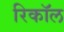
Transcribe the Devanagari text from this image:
रिकाॅल